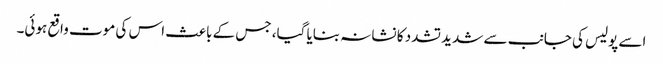
اسے پولیس کی جانب سے شدید تشدد کا نشانہ بنایا گیا، جس کے باعث اس کی موت واقع ہوئی۔